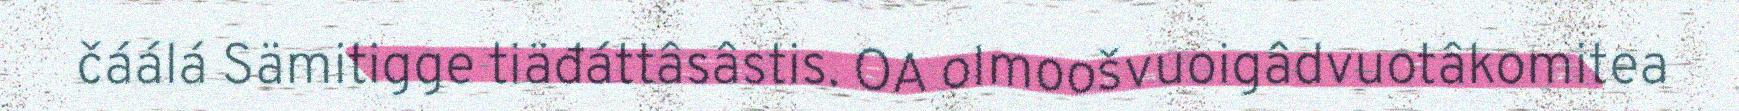
čáálá Sämitigge tiäđáttâsâstis. OA olmoošvuoigâdvuotâkomitea